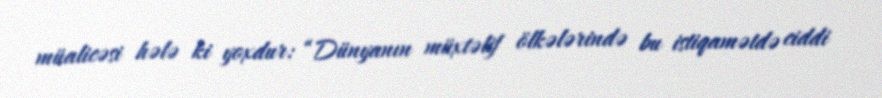
müalicəsi hələ ki yoxdur: “Dünyanın müxtəlif ölkələrində bu istiqamətdə ciddi